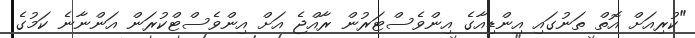
"ކުރިއަށް އޮތް ތަނުގައި އިންޑިއާގެ އިންވެސްޓަރުން ރާއްޖެ އަށް އިންވެސްޓްކުރަން އަންނާނެ ކަމުގެ